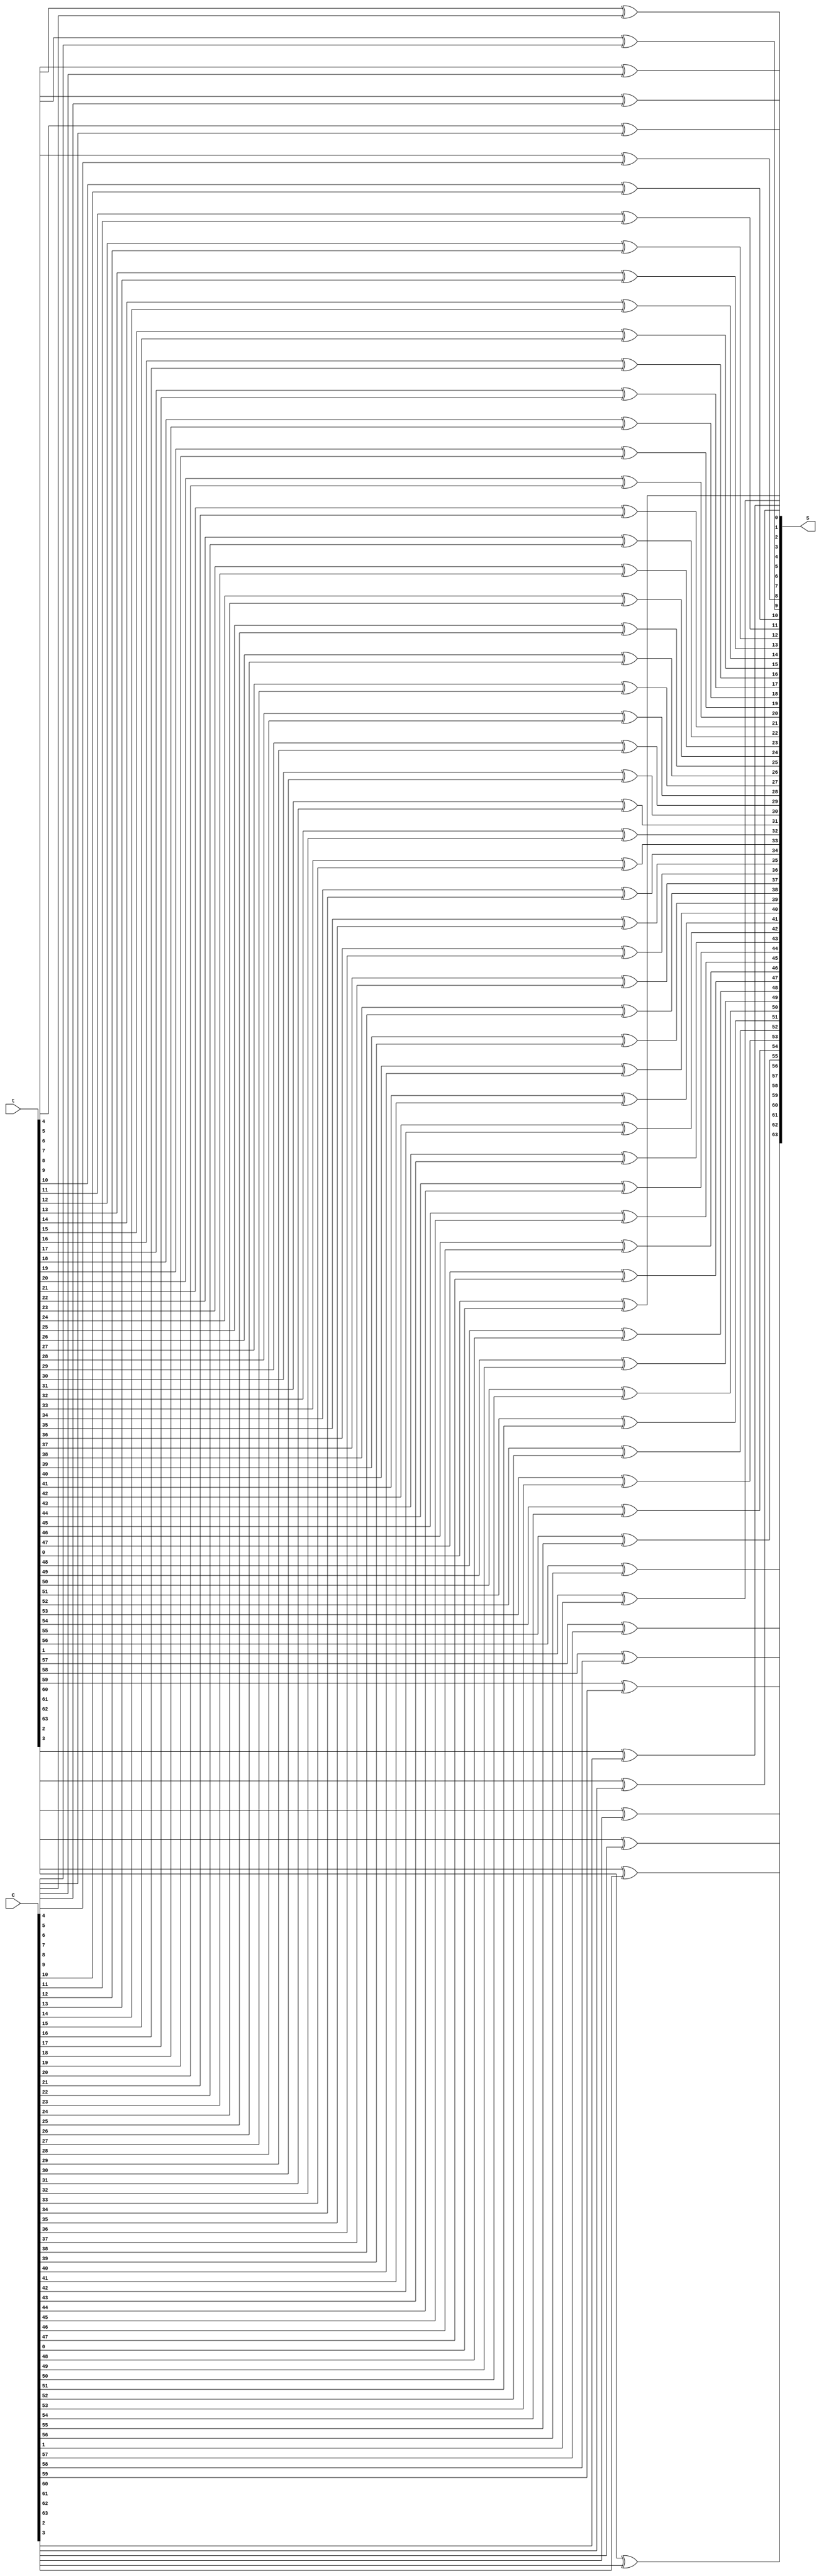
module Sgen(S, t, C);
output [63:0] S;
input [63:0] t;
input [63:0] C;

xor x0(S[0], t[0], C[0]);
xor x1(S[1], t[1], C[1]);
xor x2(S[2], t[2], C[2]);
xor x3(S[3], t[3], C[3]);
xor x4(S[4], t[4], C[4]);
xor x5(S[5], t[5], C[5]);
xor x6(S[6], t[6], C[6]);
xor x7(S[7], t[7], C[7]);

xor x8(S[8], t[8], C[8]);
xor x9(S[9], t[9], C[9]);
xor x10(S[10], t[10], C[10]);
xor x11(S[11], t[11], C[11]);
xor x12(S[12], t[12], C[12]);
xor x13(S[13], t[13], C[13]);
xor x14(S[14], t[14], C[14]);
xor x15(S[15], t[15], C[15]);

xor x16(S[16], t[16], C[16]);
xor x17(S[17], t[17], C[17]);
xor x18(S[18], t[18], C[18]);
xor x19(S[19], t[19], C[19]);
xor x20(S[20], t[20], C[20]);
xor x21(S[21], t[21], C[21]);
xor x22(S[22], t[22], C[22]);
xor x23(S[23], t[23], C[23]);

xor x24(S[24], t[24], C[24]);
xor x25(S[25], t[25], C[25]);
xor x26(S[26], t[26], C[26]);
xor x27(S[27], t[27], C[27]);
xor x28(S[28], t[28], C[28]);
xor x29(S[29], t[29], C[29]);
xor x30(S[30], t[30], C[30]);
xor x31(S[31], t[31], C[31]);

xor x32(S[32], t[32], C[32]);
xor x33(S[33], t[33], C[33]);
xor x34(S[34], t[34], C[34]);
xor x35(S[35], t[35], C[35]);
xor x36(S[36], t[36], C[36]);
xor x37(S[37], t[37], C[37]);
xor x38(S[38], t[38], C[38]);
xor x39(S[39], t[39], C[39]);

xor x40(S[40], t[40], C[40]);
xor x41(S[41], t[41], C[41]);
xor x42(S[42], t[42], C[42]);
xor x43(S[43], t[43], C[43]);
xor x44(S[44], t[44], C[44]);
xor x45(S[45], t[45], C[45]);
xor x46(S[46], t[46], C[46]);
xor x47(S[47], t[47], C[47]);

xor x48(S[48], t[48], C[48]);
xor x49(S[49], t[49], C[49]);
xor x50(S[50], t[50], C[50]);
xor x51(S[51], t[51], C[51]);
xor x52(S[52], t[52], C[52]);
xor x53(S[53], t[53], C[53]);
xor x54(S[54], t[54], C[54]);
xor x55(S[55], t[55], C[55]);

xor x56(S[56], t[56], C[56]);
xor x57(S[57], t[57], C[57]);
xor x58(S[58], t[58], C[58]);
xor x59(S[59], t[59], C[59]);
xor x60(S[60], t[60], C[60]);
xor x61(S[61], t[61], C[61]);
xor x62(S[62], t[62], C[62]);
xor x63(S[63], t[63], C[63]);

endmodule